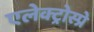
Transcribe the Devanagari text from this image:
एलेक्ट्रोस्प्रे